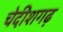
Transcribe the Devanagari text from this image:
चेदीशगढ़